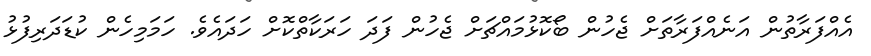
އެއްފަރާތުން އަނެއްފަރާތަށް ޖެހުން ބޯކޮޅުމައްޗަށް ޖެހުން ފަދަ ހަރަކާތްކޮށް ހަދައެވެ. ހަމަމިހެން ކުޑަދަރިފުޅު